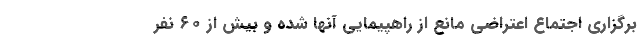
برگزاری اجتماع اعتراضی مانع از راهپیمایی آنها شده و بیش از ۶۰ نفر